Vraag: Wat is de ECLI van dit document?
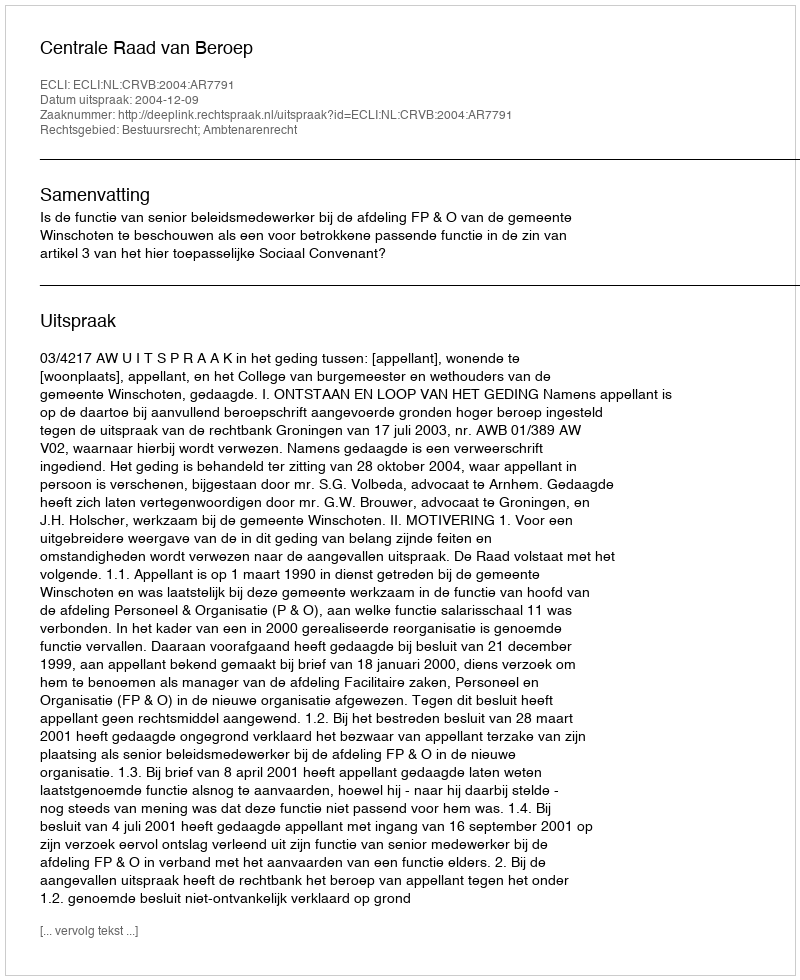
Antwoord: ECLI:NL:CRVB:2004:AR7791